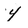
Character: y